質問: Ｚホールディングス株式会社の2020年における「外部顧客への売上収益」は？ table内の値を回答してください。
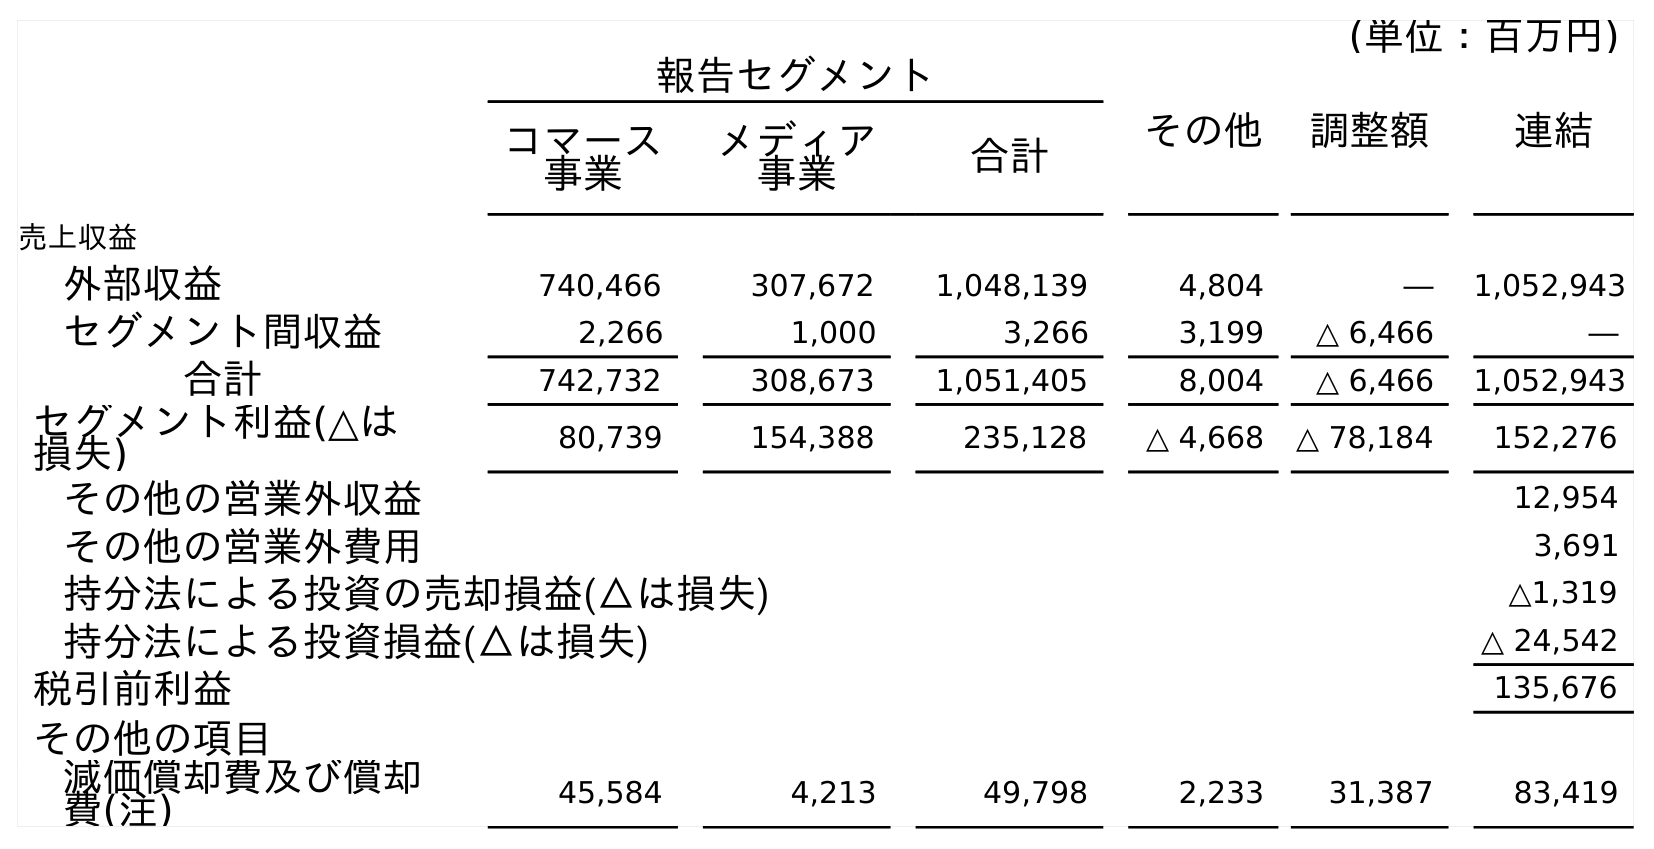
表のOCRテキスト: (単位：百万円) 報告セグメント その他 調整額 連結 コマース 事業 メディア 事業 合計 売上収益 外部収益 740,466 307,672 1,048,139 4,804 ― 1,052,943 セグメント間収益 2,266 1,000 3,266 3,199 △ 6,466 ― 合計 742,732 308,673 1,051,405 8,004 △ 6,466 1,052,943 セグメント利益(△は 損失) 80,739 154,388 235,128 △ 4,668 △ 78,184 152,276 その他の営業外収益 12,954 その他の営業外費用 3,691 持分法による投資の売却損益(△は損失) △1,319 持分法による投資損益(△は損失) △ 24,542 税引前利益 135,676 その他の項目 減価償却費及び償却 費(注) 45,584 4,213 49,798 2,233 31,387 83,419
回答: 1,052,943